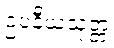
ဥပနီယသုတ္တံ